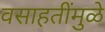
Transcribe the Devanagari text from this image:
वसाहतींमुळे